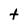
Character: t